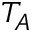
T _ { A }